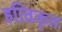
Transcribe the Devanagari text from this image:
हत्विकृत